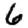
Digit: 6